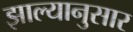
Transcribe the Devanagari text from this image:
झाल्यानुसार